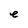
Character: e